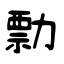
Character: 勡